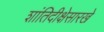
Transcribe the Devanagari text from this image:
शांतिदीक्षेसारखे